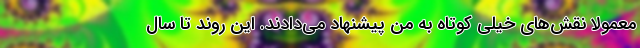
معمولا نقش‌های خیلی کوتاه به من پیشنهاد می‌دادند. این روند تا سال